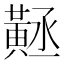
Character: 𪎻